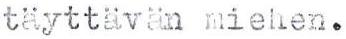
täyttävän miehen.